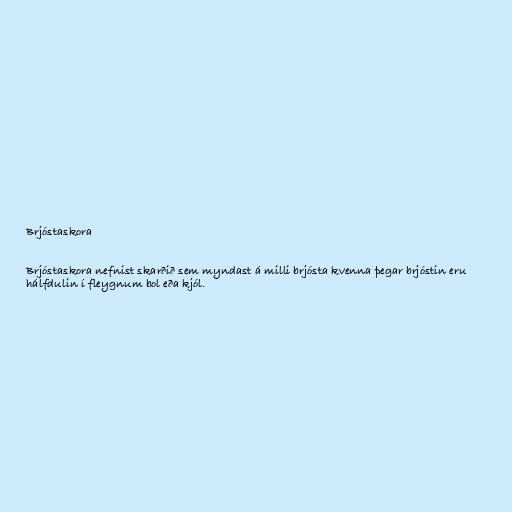
Brjóstaskora

Brjóstaskora nefnist skarðið sem myndast á milli brjósta kvenna þegar brjóstin eru
hálfdulin í fleygnum bol eða kjól.